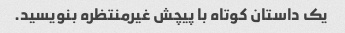
یک داستان کوتاه با پیچش غیرمنتظره بنویسید.